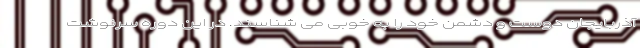
آذربایجان دوست و دشمن خود را به خوبی می شناسند. در این دوره سرنوشت